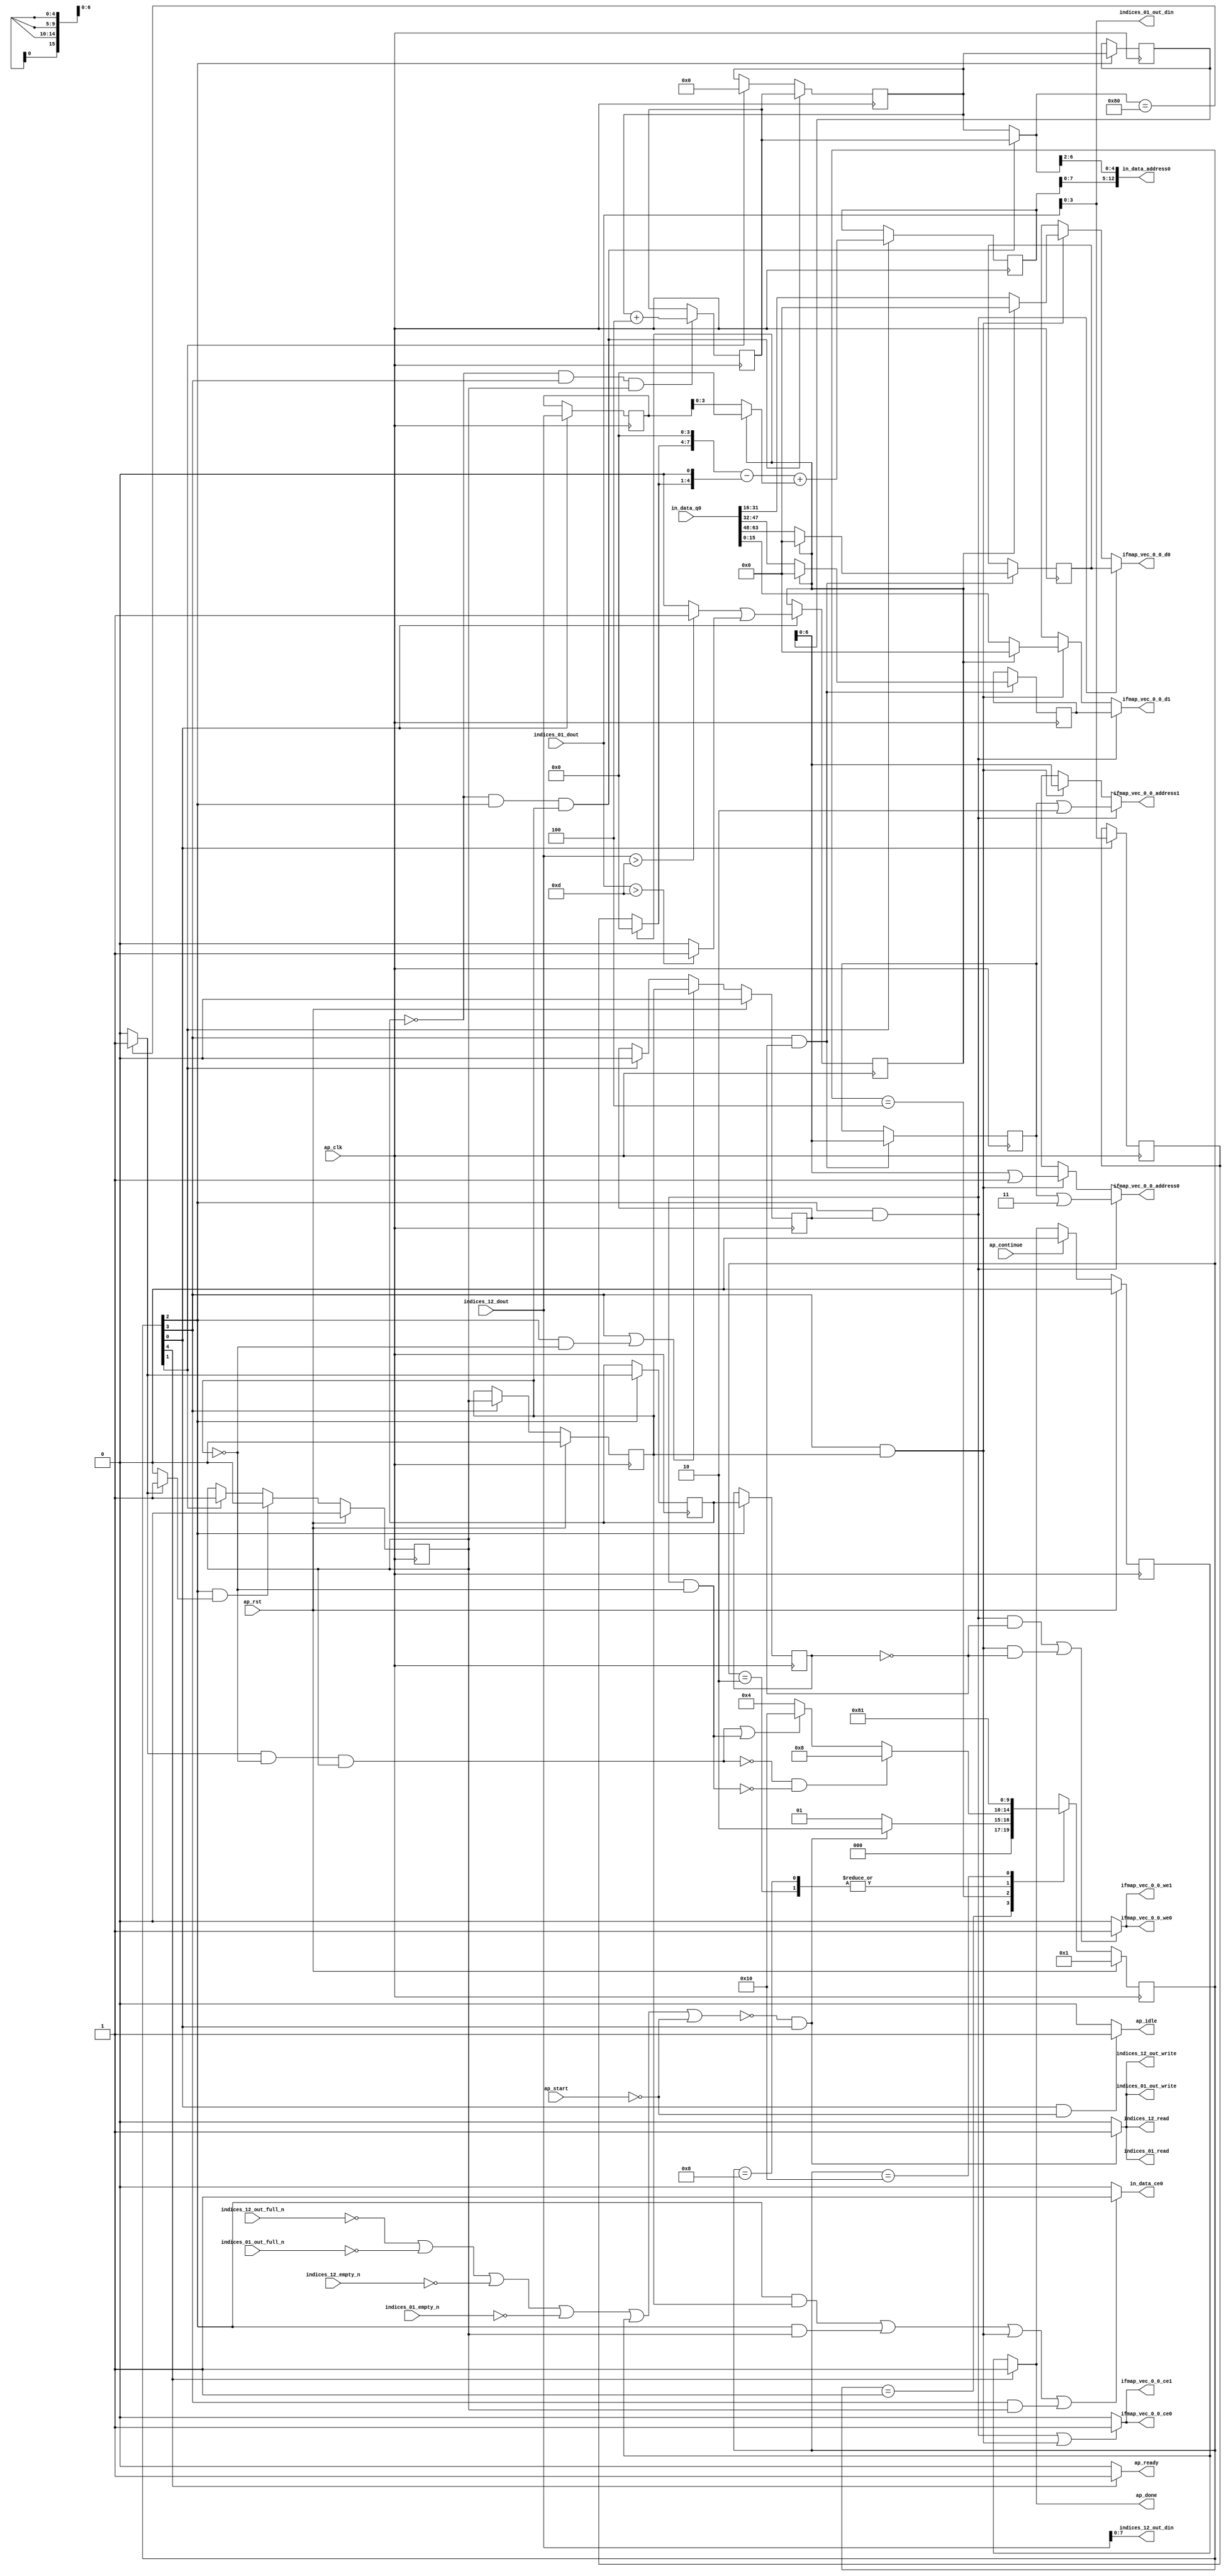
`define EXPONENT 5
`define MANTISSA 10
`define ACTUAL_MANTISSA 11
`define EXPONENT_LSB 10
`define EXPONENT_MSB 14
`define MANTISSA_LSB 0
`define MANTISSA_MSB 9
`define MANTISSA_MUL_SPLIT_LSB 3
`define MANTISSA_MUL_SPLIT_MSB 9
`define SIGN 1
`define SIGN_LOC 15
`define DWIDTH (`SIGN+`EXPONENT+`MANTISSA)
`define IEEE_COMPLIANCE 1

module td_fused_top_tdf12_readInputs (
        ap_clk,
        ap_rst,
        ap_start,
        ap_done,
        ap_continue,
        ap_idle,
        ap_ready,
        in_data_address0,
        in_data_ce0,
        in_data_q0,
        indices_01_dout,
        indices_01_empty_n,
        indices_01_read,
        indices_12_dout,
        indices_12_empty_n,
        indices_12_read,
        ifmap_vec_0_0_address0,
        ifmap_vec_0_0_ce0,
        ifmap_vec_0_0_we0,
        ifmap_vec_0_0_d0,
        ifmap_vec_0_0_address1,
        ifmap_vec_0_0_ce1,
        ifmap_vec_0_0_we1,
        ifmap_vec_0_0_d1,
        indices_01_out_din,
        indices_01_out_full_n,
        indices_01_out_write,
        indices_12_out_din,
        indices_12_out_full_n,
        indices_12_out_write
);

parameter    ap_ST_fsm_state1 = 5'd1;
parameter    ap_ST_fsm_state2 = 5'd2;
parameter    ap_ST_fsm_pp0_stage0 = 5'd4;
parameter    ap_ST_fsm_pp0_stage1 = 5'd8;
parameter    ap_ST_fsm_state8 = 5'd16;

input   ap_clk;
input   ap_rst;
input   ap_start;
output   ap_done;
input   ap_continue;
output   ap_idle;
output   ap_ready;
output  [12:0] in_data_address0;
output   in_data_ce0;
input  [63:0] in_data_q0;
input  [15:0] indices_01_dout;
input   indices_01_empty_n;
output   indices_01_read;
input  [15:0] indices_12_dout;
input   indices_12_empty_n;
output   indices_12_read;
output  [6:0] ifmap_vec_0_0_address0;
output   ifmap_vec_0_0_ce0;
output   ifmap_vec_0_0_we0;
output  [15:0] ifmap_vec_0_0_d0;
output  [6:0] ifmap_vec_0_0_address1;
output   ifmap_vec_0_0_ce1;
output   ifmap_vec_0_0_we1;
output  [15:0] ifmap_vec_0_0_d1;
output  [3:0] indices_01_out_din;
input   indices_01_out_full_n;
output   indices_01_out_write;
output  [7:0] indices_12_out_din;
input   indices_12_out_full_n;
output   indices_12_out_write;

reg ap_done;
reg ap_idle;
reg ap_ready;
reg in_data_ce0;
reg indices_01_read;
reg indices_12_read;
reg[6:0] ifmap_vec_0_0_address0;
reg ifmap_vec_0_0_ce0;
reg ifmap_vec_0_0_we0;
reg[15:0] ifmap_vec_0_0_d0;
reg[6:0] ifmap_vec_0_0_address1;
reg ifmap_vec_0_0_ce1;
reg ifmap_vec_0_0_we1;
reg[15:0] ifmap_vec_0_0_d1;
reg indices_01_out_write;
reg indices_12_out_write;

reg    ap_done_reg;
  reg   [4:0] ap_CS_fsm;
wire    ap_CS_fsm_state1;
reg    indices_01_blk_n;
reg    indices_12_blk_n;
reg    indices_01_out_blk_n;
reg    indices_12_out_blk_n;
reg   [7:0] kk_0_i_i_reg_180;
reg   [7:0] kk_0_i_i_reg_180_pp0_iter1_reg;
wire    ap_CS_fsm_pp0_stage0;
wire    ap_block_state3_pp0_stage0_iter0;
wire    ap_block_state5_pp0_stage0_iter1;
wire    ap_block_state7_pp0_stage0_iter2;
wire    ap_block_pp0_stage0_11001;
wire   [3:0] trunc_ln135_fu_192_p1;
reg   [3:0] trunc_ln135_reg_434;
reg   [15:0] col_coord_reg_439;
wire   [0:0] is_padding_fu_214_p2;
reg   [0:0] is_padding_reg_444;
wire   [9:0] add_ln32_fu_274_p2;
reg   [9:0] add_ln32_reg_454;
wire    ap_CS_fsm_state2;
wire   [0:0] icmp_ln25_fu_280_p2;
reg   [0:0] icmp_ln25_reg_459;
reg   [0:0] icmp_ln25_reg_459_pp0_iter1_reg;
wire   [7:0] add_ln25_fu_308_p2;
reg   [7:0] add_ln25_reg_468;
wire    ap_CS_fsm_pp0_stage1;
reg    ap_enable_reg_pp0_iter0;
wire    ap_block_state4_pp0_stage1_iter0;
wire    ap_block_state6_pp0_stage1_iter1;
wire    ap_block_pp0_stage1_11001;
wire   [6:0] empty_130_fu_314_p1;
reg   [6:0] empty_130_reg_473;
wire   [15:0] select_ln33_26_fu_386_p3;
reg   [15:0] select_ln33_26_reg_479;
wire   [15:0] select_ln33_27_fu_407_p3;
reg   [15:0] select_ln33_27_reg_484;
wire    ap_block_pp0_stage0_subdone;
reg    ap_condition_pp0_exit_iter0_state3;
reg    ap_enable_reg_pp0_iter1;
wire    ap_block_pp0_stage1_subdone;
reg    ap_enable_reg_pp0_iter2;
reg   [7:0] ap_phi_mux_kk_0_i_i_phi_fu_184_p4;
wire    ap_block_pp0_stage0;
wire   [63:0] sext_ln32_fu_303_p1;
wire   [63:0] zext_ln32_fu_318_p1;
wire    ap_block_pp0_stage1;
wire   [63:0] zext_ln32_28_fu_345_p1;
wire   [63:0] zext_ln32_29_fu_419_p1;
wire   [63:0] zext_ln32_30_fu_429_p1;
reg    ap_block_state1;
wire   [15:0] select_ln33_fu_331_p3;
wire   [15:0] select_ln33_25_fu_364_p3;
wire   [0:0] cmp7_i_i_fu_202_p2;
wire   [0:0] icmp_ln24_fu_208_p2;
wire   [3:0] empty_128_fu_220_p1;
wire   [3:0] row_coord_int_fu_223_p3;
wire   [7:0] tmp_fu_236_p3;
wire   [4:0] tmp_s_fu_248_p3;
wire   [8:0] zext_ln32_31_fu_244_p1;
wire   [8:0] zext_ln32_32_fu_256_p1;
wire   [8:0] sub_ln32_fu_260_p2;
wire   [3:0] col_coord_int_fu_229_p3;
wire   [9:0] sub_ln32_cast_fu_266_p1;
wire   [9:0] zext_ln32_33_fu_270_p1;
wire   [4:0] lshr_ln_fu_286_p4;
wire   [14:0] tmp_47_fu_296_p3;
wire   [15:0] trunc_ln32_fu_323_p1;
wire   [15:0] bitcast_ln32_fu_327_p1;
wire   [6:0] or_ln25_fu_339_p2;
wire   [15:0] tmp_79_i_i_fu_350_p4;
wire   [15:0] bitcast_ln32_25_fu_360_p1;
wire   [15:0] tmp_80_i_i_fu_372_p4;
wire   [15:0] bitcast_ln32_26_fu_382_p1;
wire   [15:0] tmp_81_i_i_fu_393_p4;
wire   [15:0] bitcast_ln32_27_fu_403_p1;
wire   [6:0] or_ln25_17_fu_414_p2;
wire   [6:0] or_ln25_18_fu_424_p2;
wire    ap_CS_fsm_state8;
reg   [4:0] ap_NS_fsm;
reg    ap_idle_pp0;
wire    ap_enable_pp0;
wire    ap_ce_reg;

// power-on initialization
initial begin
#0 ap_done_reg = 1'b0;
#0 ap_CS_fsm = 5'd1;
#0 ap_enable_reg_pp0_iter0 = 1'b0;
#0 ap_enable_reg_pp0_iter1 = 1'b0;
#0 ap_enable_reg_pp0_iter2 = 1'b0;
end

always @ (posedge ap_clk) begin
    if (ap_rst == 1'b1) begin
        ap_CS_fsm <= ap_ST_fsm_state1;
    end else begin
        ap_CS_fsm <= ap_NS_fsm;
    end
end

always @ (posedge ap_clk) begin
    if (ap_rst == 1'b1) begin
        ap_done_reg <= 1'b0;
    end else begin
        if ((ap_continue == 1'b1)) begin
            ap_done_reg <= 1'b0;
        end else if ((1'b1 == ap_CS_fsm_state8)) begin
            ap_done_reg <= 1'b1;
        end
    end
end

always @ (posedge ap_clk) begin
    if (ap_rst == 1'b1) begin
        ap_enable_reg_pp0_iter0 <= 1'b0;
    end else begin
        if (((1'b0 == ap_block_pp0_stage0_subdone) & (1'b1 == ap_CS_fsm_pp0_stage0) & (1'b1 == ap_condition_pp0_exit_iter0_state3))) begin
            ap_enable_reg_pp0_iter0 <= 1'b0;
        end else if ((1'b1 == ap_CS_fsm_state2)) begin
            ap_enable_reg_pp0_iter0 <= 1'b1;
        end
    end
end

always @ (posedge ap_clk) begin
    if (ap_rst == 1'b1) begin
        ap_enable_reg_pp0_iter1 <= 1'b0;
    end else begin
        if (((1'b0 == ap_block_pp0_stage1_subdone) & (1'b1 == ap_CS_fsm_pp0_stage1))) begin
            ap_enable_reg_pp0_iter1 <= ap_enable_reg_pp0_iter0;
        end
    end
end

always @ (posedge ap_clk) begin
    if (ap_rst == 1'b1) begin
        ap_enable_reg_pp0_iter2 <= 1'b0;
    end else begin
        if ((((1'b0 == ap_block_pp0_stage1_subdone) & (1'b1 == ap_CS_fsm_pp0_stage1)) | ((1'b0 == ap_block_pp0_stage0_subdone) & (1'b1 == ap_CS_fsm_pp0_stage0) & (ap_enable_reg_pp0_iter1 == 1'b0)))) begin
            ap_enable_reg_pp0_iter2 <= ap_enable_reg_pp0_iter1;
        end else if ((1'b1 == ap_CS_fsm_state2)) begin
            ap_enable_reg_pp0_iter2 <= 1'b0;
        end
    end
end

always @ (posedge ap_clk) begin
    if (((icmp_ln25_reg_459 == 1'd0) & (1'b0 == ap_block_pp0_stage0_11001) & (1'b1 == ap_CS_fsm_pp0_stage0) & (ap_enable_reg_pp0_iter1 == 1'b1))) begin
        kk_0_i_i_reg_180 <= add_ln25_reg_468;
    end else if ((1'b1 == ap_CS_fsm_state2)) begin
        kk_0_i_i_reg_180 <= 8'd0;
    end
end

always @ (posedge ap_clk) begin
    if (((icmp_ln25_reg_459 == 1'd0) & (1'b0 == ap_block_pp0_stage1_11001) & (1'b1 == ap_CS_fsm_pp0_stage1) & (ap_enable_reg_pp0_iter0 == 1'b1))) begin
        add_ln25_reg_468 <= add_ln25_fu_308_p2;
    end
end

always @ (posedge ap_clk) begin
    if ((1'b1 == ap_CS_fsm_state2)) begin
        add_ln32_reg_454 <= add_ln32_fu_274_p2;
    end
end

always @ (posedge ap_clk) begin
    if ((1'b1 == ap_CS_fsm_state1)) begin
        col_coord_reg_439 <= indices_12_dout;
        is_padding_reg_444 <= is_padding_fu_214_p2;
        trunc_ln135_reg_434 <= trunc_ln135_fu_192_p1;
    end
end

always @ (posedge ap_clk) begin
    if (((1'b0 == ap_block_pp0_stage1_11001) & (1'b1 == ap_CS_fsm_pp0_stage1) & (icmp_ln25_reg_459_pp0_iter1_reg == 1'd0))) begin
        empty_130_reg_473 <= empty_130_fu_314_p1;
        select_ln33_26_reg_479 <= select_ln33_26_fu_386_p3;
        select_ln33_27_reg_484 <= select_ln33_27_fu_407_p3;
    end
end

always @ (posedge ap_clk) begin
    if (((1'b0 == ap_block_pp0_stage0_11001) & (1'b1 == ap_CS_fsm_pp0_stage0))) begin
        icmp_ln25_reg_459 <= icmp_ln25_fu_280_p2;
        icmp_ln25_reg_459_pp0_iter1_reg <= icmp_ln25_reg_459;
        kk_0_i_i_reg_180_pp0_iter1_reg <= kk_0_i_i_reg_180;
    end
end

always @ (*) begin
    if ((icmp_ln25_fu_280_p2 == 1'd1)) begin
        ap_condition_pp0_exit_iter0_state3 = 1'b1;
    end else begin
        ap_condition_pp0_exit_iter0_state3 = 1'b0;
    end
end

always @ (*) begin
    if ((1'b1 == ap_CS_fsm_state8)) begin
        ap_done = 1'b1;
    end else begin
        ap_done = ap_done_reg;
    end
end

always @ (*) begin
    if (((1'b1 == ap_CS_fsm_state1) & (ap_start == 1'b0))) begin
        ap_idle = 1'b1;
    end else begin
        ap_idle = 1'b0;
    end
end

always @ (*) begin
    if (((ap_enable_reg_pp0_iter2 == 1'b0) & (ap_enable_reg_pp0_iter1 == 1'b0) & (ap_enable_reg_pp0_iter0 == 1'b0))) begin
        ap_idle_pp0 = 1'b1;
    end else begin
        ap_idle_pp0 = 1'b0;
    end
end

always @ (*) begin
    if (((icmp_ln25_reg_459 == 1'd0) & (1'b0 == ap_block_pp0_stage0) & (1'b1 == ap_CS_fsm_pp0_stage0) & (ap_enable_reg_pp0_iter1 == 1'b1))) begin
        ap_phi_mux_kk_0_i_i_phi_fu_184_p4 = add_ln25_reg_468;
    end else begin
        ap_phi_mux_kk_0_i_i_phi_fu_184_p4 = kk_0_i_i_reg_180;
    end
end

always @ (*) begin
    if ((1'b1 == ap_CS_fsm_state8)) begin
        ap_ready = 1'b1;
    end else begin
        ap_ready = 1'b0;
    end
end

always @ (*) begin
    if (((1'b0 == ap_block_pp0_stage0) & (1'b1 == ap_CS_fsm_pp0_stage0) & (ap_enable_reg_pp0_iter2 == 1'b1))) begin
        ifmap_vec_0_0_address0 = zext_ln32_30_fu_429_p1;
    end else if (((1'b0 == ap_block_pp0_stage1) & (1'b1 == ap_CS_fsm_pp0_stage1) & (ap_enable_reg_pp0_iter1 == 1'b1))) begin
        ifmap_vec_0_0_address0 = zext_ln32_28_fu_345_p1;
    end else begin
        ifmap_vec_0_0_address0 = 'bx;
    end
end

always @ (*) begin
    if (((1'b0 == ap_block_pp0_stage0) & (1'b1 == ap_CS_fsm_pp0_stage0) & (ap_enable_reg_pp0_iter2 == 1'b1))) begin
        ifmap_vec_0_0_address1 = zext_ln32_29_fu_419_p1;
    end else if (((1'b0 == ap_block_pp0_stage1) & (1'b1 == ap_CS_fsm_pp0_stage1) & (ap_enable_reg_pp0_iter1 == 1'b1))) begin
        ifmap_vec_0_0_address1 = zext_ln32_fu_318_p1;
    end else begin
        ifmap_vec_0_0_address1 = 'bx;
    end
end

always @ (*) begin
    if ((((1'b0 == ap_block_pp0_stage0_11001) & (1'b1 == ap_CS_fsm_pp0_stage0) & (ap_enable_reg_pp0_iter2 == 1'b1)) | ((1'b0 == ap_block_pp0_stage1_11001) & (1'b1 == ap_CS_fsm_pp0_stage1) & (ap_enable_reg_pp0_iter1 == 1'b1)))) begin
        ifmap_vec_0_0_ce0 = 1'b1;
    end else begin
        ifmap_vec_0_0_ce0 = 1'b0;
    end
end

always @ (*) begin
    if ((((1'b0 == ap_block_pp0_stage0_11001) & (1'b1 == ap_CS_fsm_pp0_stage0) & (ap_enable_reg_pp0_iter2 == 1'b1)) | ((1'b0 == ap_block_pp0_stage1_11001) & (1'b1 == ap_CS_fsm_pp0_stage1) & (ap_enable_reg_pp0_iter1 == 1'b1)))) begin
        ifmap_vec_0_0_ce1 = 1'b1;
    end else begin
        ifmap_vec_0_0_ce1 = 1'b0;
    end
end

always @ (*) begin
    if (((1'b0 == ap_block_pp0_stage0) & (1'b1 == ap_CS_fsm_pp0_stage0) & (ap_enable_reg_pp0_iter2 == 1'b1))) begin
        ifmap_vec_0_0_d0 = select_ln33_27_reg_484;
    end else if (((1'b0 == ap_block_pp0_stage1) & (1'b1 == ap_CS_fsm_pp0_stage1) & (ap_enable_reg_pp0_iter1 == 1'b1))) begin
        ifmap_vec_0_0_d0 = select_ln33_25_fu_364_p3;
    end else begin
        ifmap_vec_0_0_d0 = 'bx;
    end
end

always @ (*) begin
    if (((1'b0 == ap_block_pp0_stage0) & (1'b1 == ap_CS_fsm_pp0_stage0) & (ap_enable_reg_pp0_iter2 == 1'b1))) begin
        ifmap_vec_0_0_d1 = select_ln33_26_reg_479;
    end else if (((1'b0 == ap_block_pp0_stage1) & (1'b1 == ap_CS_fsm_pp0_stage1) & (ap_enable_reg_pp0_iter1 == 1'b1))) begin
        ifmap_vec_0_0_d1 = select_ln33_fu_331_p3;
    end else begin
        ifmap_vec_0_0_d1 = 'bx;
    end
end

always @ (*) begin
    if ((((1'b0 == ap_block_pp0_stage0_11001) & (1'b1 == ap_CS_fsm_pp0_stage0) & (ap_enable_reg_pp0_iter2 == 1'b1) & (icmp_ln25_reg_459_pp0_iter1_reg == 1'd0)) | ((1'b0 == ap_block_pp0_stage1_11001) & (1'b1 == ap_CS_fsm_pp0_stage1) & (ap_enable_reg_pp0_iter1 == 1'b1) & (icmp_ln25_reg_459_pp0_iter1_reg == 1'd0)))) begin
        ifmap_vec_0_0_we0 = 1'b1;
    end else begin
        ifmap_vec_0_0_we0 = 1'b0;
    end
end

always @ (*) begin
    if ((((1'b0 == ap_block_pp0_stage0_11001) & (1'b1 == ap_CS_fsm_pp0_stage0) & (ap_enable_reg_pp0_iter2 == 1'b1) & (icmp_ln25_reg_459_pp0_iter1_reg == 1'd0)) | ((1'b0 == ap_block_pp0_stage1_11001) & (1'b1 == ap_CS_fsm_pp0_stage1) & (ap_enable_reg_pp0_iter1 == 1'b1) & (icmp_ln25_reg_459_pp0_iter1_reg == 1'd0)))) begin
        ifmap_vec_0_0_we1 = 1'b1;
    end else begin
        ifmap_vec_0_0_we1 = 1'b0;
    end
end

always @ (*) begin
    if ((((1'b0 == ap_block_pp0_stage0_11001) & (1'b1 == ap_CS_fsm_pp0_stage0) & (ap_enable_reg_pp0_iter1 == 1'b1)) | ((1'b0 == ap_block_pp0_stage0_11001) & (1'b1 == ap_CS_fsm_pp0_stage0) & (ap_enable_reg_pp0_iter0 == 1'b1)) | ((1'b0 == ap_block_pp0_stage1_11001) & (1'b1 == ap_CS_fsm_pp0_stage1) & (ap_enable_reg_pp0_iter1 == 1'b1)) | ((1'b0 == ap_block_pp0_stage1_11001) & (1'b1 == ap_CS_fsm_pp0_stage1) & (ap_enable_reg_pp0_iter0 == 1'b1)))) begin
        in_data_ce0 = 1'b1;
    end else begin
        in_data_ce0 = 1'b0;
    end
end

always @ (*) begin
    if ((~((ap_done_reg == 1'b1) | (ap_start == 1'b0)) & (1'b1 == ap_CS_fsm_state1))) begin
        indices_01_blk_n = indices_01_empty_n;
    end else begin
        indices_01_blk_n = 1'b1;
    end
end

always @ (*) begin
    if ((~((ap_done_reg == 1'b1) | (ap_start == 1'b0)) & (1'b1 == ap_CS_fsm_state1))) begin
        indices_01_out_blk_n = indices_01_out_full_n;
    end else begin
        indices_01_out_blk_n = 1'b1;
    end
end

always @ (*) begin
    if ((~((indices_12_out_full_n == 1'b0) | (indices_01_out_full_n == 1'b0) | (indices_12_empty_n == 1'b0) | (indices_01_empty_n == 1'b0) | (ap_done_reg == 1'b1) | (ap_start == 1'b0)) & (1'b1 == ap_CS_fsm_state1))) begin
        indices_01_out_write = 1'b1;
    end else begin
        indices_01_out_write = 1'b0;
    end
end

always @ (*) begin
    if ((~((indices_12_out_full_n == 1'b0) | (indices_01_out_full_n == 1'b0) | (indices_12_empty_n == 1'b0) | (indices_01_empty_n == 1'b0) | (ap_done_reg == 1'b1) | (ap_start == 1'b0)) & (1'b1 == ap_CS_fsm_state1))) begin
        indices_01_read = 1'b1;
    end else begin
        indices_01_read = 1'b0;
    end
end

always @ (*) begin
    if ((~((ap_done_reg == 1'b1) | (ap_start == 1'b0)) & (1'b1 == ap_CS_fsm_state1))) begin
        indices_12_blk_n = indices_12_empty_n;
    end else begin
        indices_12_blk_n = 1'b1;
    end
end

always @ (*) begin
    if ((~((ap_done_reg == 1'b1) | (ap_start == 1'b0)) & (1'b1 == ap_CS_fsm_state1))) begin
        indices_12_out_blk_n = indices_12_out_full_n;
    end else begin
        indices_12_out_blk_n = 1'b1;
    end
end

always @ (*) begin
    if ((~((indices_12_out_full_n == 1'b0) | (indices_01_out_full_n == 1'b0) | (indices_12_empty_n == 1'b0) | (indices_01_empty_n == 1'b0) | (ap_done_reg == 1'b1) | (ap_start == 1'b0)) & (1'b1 == ap_CS_fsm_state1))) begin
        indices_12_out_write = 1'b1;
    end else begin
        indices_12_out_write = 1'b0;
    end
end

always @ (*) begin
    if ((~((indices_12_out_full_n == 1'b0) | (indices_01_out_full_n == 1'b0) | (indices_12_empty_n == 1'b0) | (indices_01_empty_n == 1'b0) | (ap_done_reg == 1'b1) | (ap_start == 1'b0)) & (1'b1 == ap_CS_fsm_state1))) begin
        indices_12_read = 1'b1;
    end else begin
        indices_12_read = 1'b0;
    end
end

always @ (*) begin
    case (ap_CS_fsm)
        ap_ST_fsm_state1 : begin
            if ((~((indices_12_out_full_n == 1'b0) | (indices_01_out_full_n == 1'b0) | (indices_12_empty_n == 1'b0) | (indices_01_empty_n == 1'b0) | (ap_done_reg == 1'b1) | (ap_start == 1'b0)) & (1'b1 == ap_CS_fsm_state1))) begin
                ap_NS_fsm = ap_ST_fsm_state2;
            end else begin
                ap_NS_fsm = ap_ST_fsm_state1;
            end
        end
        ap_ST_fsm_state2 : begin
            ap_NS_fsm = ap_ST_fsm_pp0_stage0;
        end
        ap_ST_fsm_pp0_stage0 : begin
            if ((~((icmp_ln25_fu_280_p2 == 1'd1) & (1'b0 == ap_block_pp0_stage0_subdone) & (ap_enable_reg_pp0_iter1 == 1'b0) & (ap_enable_reg_pp0_iter0 == 1'b1)) & ~((1'b0 == ap_block_pp0_stage0_subdone) & (1'b1 == ap_CS_fsm_pp0_stage0) & (ap_enable_reg_pp0_iter2 == 1'b1) & (ap_enable_reg_pp0_iter1 == 1'b0)) & (1'b0 == ap_block_pp0_stage0_subdone))) begin
                ap_NS_fsm = ap_ST_fsm_pp0_stage1;
            end else if ((((icmp_ln25_fu_280_p2 == 1'd1) & (1'b0 == ap_block_pp0_stage0_subdone) & (ap_enable_reg_pp0_iter1 == 1'b0) & (ap_enable_reg_pp0_iter0 == 1'b1)) | ((1'b0 == ap_block_pp0_stage0_subdone) & (1'b1 == ap_CS_fsm_pp0_stage0) & (ap_enable_reg_pp0_iter2 == 1'b1) & (ap_enable_reg_pp0_iter1 == 1'b0)))) begin
                ap_NS_fsm = ap_ST_fsm_state8;
            end else begin
                ap_NS_fsm = ap_ST_fsm_pp0_stage0;
            end
        end
        ap_ST_fsm_pp0_stage1 : begin
            if ((1'b0 == ap_block_pp0_stage1_subdone)) begin
                ap_NS_fsm = ap_ST_fsm_pp0_stage0;
            end else begin
                ap_NS_fsm = ap_ST_fsm_pp0_stage1;
            end
        end
        ap_ST_fsm_state8 : begin
            ap_NS_fsm = ap_ST_fsm_state1;
        end
        default : begin
            ap_NS_fsm = 'bx;
        end
    endcase
end

assign add_ln25_fu_308_p2 = (kk_0_i_i_reg_180 + 8'd4);

assign add_ln32_fu_274_p2 = ((sub_ln32_cast_fu_266_p1) + (zext_ln32_33_fu_270_p1));

assign ap_CS_fsm_pp0_stage0 = ap_CS_fsm[32'd2];

assign ap_CS_fsm_pp0_stage1 = ap_CS_fsm[32'd3];

assign ap_CS_fsm_state1 = ap_CS_fsm[32'd0];

assign ap_CS_fsm_state2 = ap_CS_fsm[32'd1];

assign ap_CS_fsm_state8 = ap_CS_fsm[32'd4];

assign ap_block_pp0_stage0 = ~(1'b1 == 1'b1);

assign ap_block_pp0_stage0_11001 = ~(1'b1 == 1'b1);

assign ap_block_pp0_stage0_subdone = ~(1'b1 == 1'b1);

assign ap_block_pp0_stage1 = ~(1'b1 == 1'b1);

assign ap_block_pp0_stage1_11001 = ~(1'b1 == 1'b1);

assign ap_block_pp0_stage1_subdone = ~(1'b1 == 1'b1);

always @ (*) begin
    ap_block_state1 = ((indices_12_out_full_n == 1'b0) | (indices_01_out_full_n == 1'b0) | (indices_12_empty_n == 1'b0) | (indices_01_empty_n == 1'b0) | (ap_done_reg == 1'b1) | (ap_start == 1'b0));
end

assign ap_block_state3_pp0_stage0_iter0 = ~(1'b1 == 1'b1);

assign ap_block_state4_pp0_stage1_iter0 = ~(1'b1 == 1'b1);

assign ap_block_state5_pp0_stage0_iter1 = ~(1'b1 == 1'b1);

assign ap_block_state6_pp0_stage1_iter1 = ~(1'b1 == 1'b1);

assign ap_block_state7_pp0_stage0_iter2 = ~(1'b1 == 1'b1);

assign ap_enable_pp0 = (ap_idle_pp0 ^ 1'b1);

assign bitcast_ln32_25_fu_360_p1 = tmp_79_i_i_fu_350_p4;

assign bitcast_ln32_26_fu_382_p1 = tmp_80_i_i_fu_372_p4;

assign bitcast_ln32_27_fu_403_p1 = tmp_81_i_i_fu_393_p4;

assign bitcast_ln32_fu_327_p1 = trunc_ln32_fu_323_p1;

assign cmp7_i_i_fu_202_p2 = ((indices_01_dout > 16'd13) ? 1'b1 : 1'b0);

assign col_coord_int_fu_229_p3 = ((is_padding_reg_444[0:0] == 1'b1) ? 4'd0 : empty_128_fu_220_p1);

assign empty_128_fu_220_p1 = col_coord_reg_439[3:0];

assign empty_130_fu_314_p1 = kk_0_i_i_reg_180_pp0_iter1_reg[6:0];

assign icmp_ln24_fu_208_p2 = ((indices_12_dout > 16'd13) ? 1'b1 : 1'b0);

assign icmp_ln25_fu_280_p2 = ((ap_phi_mux_kk_0_i_i_phi_fu_184_p4 == 8'd128) ? 1'b1 : 1'b0);

assign in_data_address0 = sext_ln32_fu_303_p1;

assign indices_01_out_din = indices_01_dout[3:0];

assign indices_12_out_din = indices_12_dout[7:0];

assign is_padding_fu_214_p2 = (icmp_ln24_fu_208_p2 | cmp7_i_i_fu_202_p2);

assign lshr_ln_fu_286_p4 = {{ap_phi_mux_kk_0_i_i_phi_fu_184_p4[6:2]}};

assign or_ln25_17_fu_414_p2 = (empty_130_reg_473 | 7'd2);

assign or_ln25_18_fu_424_p2 = (empty_130_reg_473 | 7'd3);

assign or_ln25_fu_339_p2 = (empty_130_fu_314_p1 | 7'd1);

assign row_coord_int_fu_223_p3 = ((is_padding_reg_444[0:0] == 1'b1) ? 4'd0 : trunc_ln135_reg_434);

assign select_ln33_25_fu_364_p3 = ((is_padding_reg_444[0:0] == 1'b1) ? 16'd0 : bitcast_ln32_25_fu_360_p1);

assign select_ln33_26_fu_386_p3 = ((is_padding_reg_444[0:0] == 1'b1) ? 16'd0 : bitcast_ln32_26_fu_382_p1);

assign select_ln33_27_fu_407_p3 = ((is_padding_reg_444[0:0] == 1'b1) ? 16'd0 : bitcast_ln32_27_fu_403_p1);

assign select_ln33_fu_331_p3 = ((is_padding_reg_444[0:0] == 1'b1) ? 16'd0 : bitcast_ln32_fu_327_p1);

assign sext_ln32_fu_303_p1 = (tmp_47_fu_296_p3);

assign sub_ln32_cast_fu_266_p1 = (sub_ln32_fu_260_p2);

assign sub_ln32_fu_260_p2 = (zext_ln32_31_fu_244_p1 - zext_ln32_32_fu_256_p1);

assign tmp_47_fu_296_p3 = {{add_ln32_reg_454}, {lshr_ln_fu_286_p4}};

assign tmp_79_i_i_fu_350_p4 = {{in_data_q0[31:16]}};

assign tmp_80_i_i_fu_372_p4 = {{in_data_q0[47:32]}};

assign tmp_81_i_i_fu_393_p4 = {{in_data_q0[63:48]}};

assign tmp_fu_236_p3 = {{row_coord_int_fu_223_p3}, {4'd0}};

assign tmp_s_fu_248_p3 = {{row_coord_int_fu_223_p3}, {1'd0}};

assign trunc_ln135_fu_192_p1 = indices_01_dout[3:0];

assign trunc_ln32_fu_323_p1 = in_data_q0[15:0];

assign zext_ln32_28_fu_345_p1 = or_ln25_fu_339_p2;

assign zext_ln32_29_fu_419_p1 = or_ln25_17_fu_414_p2;

assign zext_ln32_30_fu_429_p1 = or_ln25_18_fu_424_p2;

assign zext_ln32_31_fu_244_p1 = tmp_fu_236_p3;

assign zext_ln32_32_fu_256_p1 = tmp_s_fu_248_p3;

assign zext_ln32_33_fu_270_p1 = col_coord_int_fu_229_p3;

assign zext_ln32_fu_318_p1 = kk_0_i_i_reg_180_pp0_iter1_reg;

endmodule //td_fused_top_tdf12_readInputs